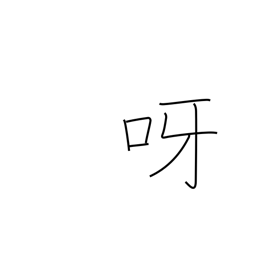
Meaning: bare one's teeth